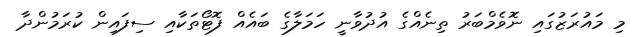
މި މައުރަޒުގައި ނޮވެމްބަރު ތިނެއްގެ އުދުވާނީ ހަމަލާގެ ބައެއް ފޮޓޯތަކާއި ސިފައިން ކުރަމުންދާ